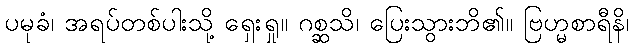
ပမုခံ၊ အရပ်တစ်ပါးသို့ ရှေးရှု။ ဂစ္ဆသိ၊ ပြေးသွားဘိ၏။ ဗြဟ္မစာရီနိ၊